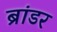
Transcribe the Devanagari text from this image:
ब्रांडर